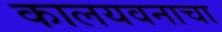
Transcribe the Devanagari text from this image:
कालयवनाचा